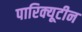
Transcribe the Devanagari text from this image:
पारिक्यूटीन